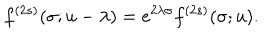
f ^ { ( 2 s ) } ( \sigma ; u - \lambda ) = e ^ { 2 \lambda \sigma } f ^ { ( 2 s ) } ( \sigma ; u ) .